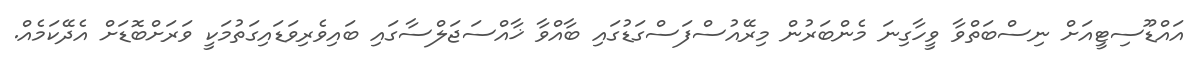
އައްޑޫސިޓީއަށް ނިސްބަތްވާ ވީހާގިނަ މެންބަރުން މިރޭއުސްފަސްގަޑުގައި ބާއްވާ ޚާއްސަޖަލްސާގައި ބައިވެރިވަޑައިގަތުމަކީ ވަރަށްބޮޑަށް އެދޭކަމެއް.